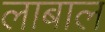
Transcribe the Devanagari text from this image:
लाबाल